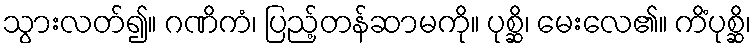
သွားလတ်၍။ ဂဏိကံ၊ ပြည့်တန်ဆာမကို။ ပုစ္ဆိ၊ မေးလေ၏။ ကိံပုစ္ဆိ၊